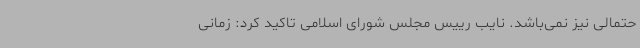
حتمالی نیز نمی‌باشد. نایب رییس مجلس شورای اسلامی تاکید کرد: زمانی